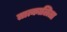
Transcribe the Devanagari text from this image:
तात्कालिता